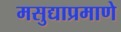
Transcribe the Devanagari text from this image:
मसुद्याप्रमाणे